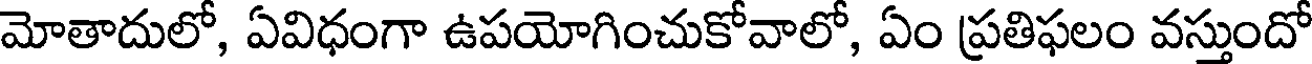
మోతాదులో, ఏవిధంగా ఉపయోగించుకోవాలో, ఏం ప్రతిఫలం వస్తుందో